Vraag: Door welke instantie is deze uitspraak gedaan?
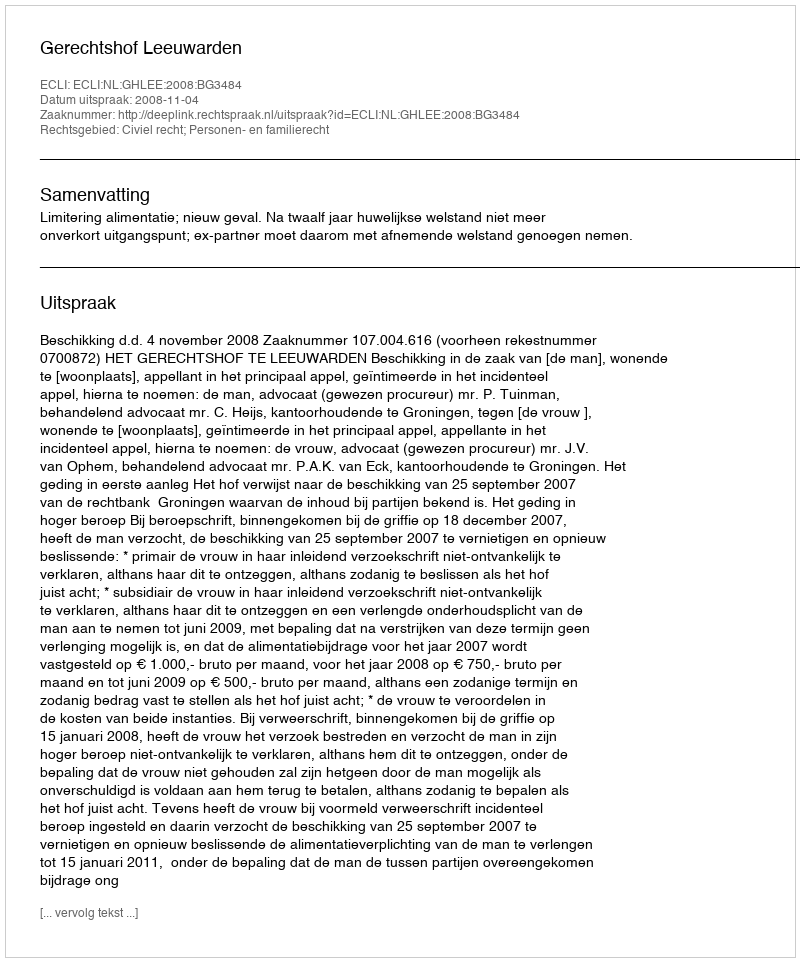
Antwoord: Gerechtshof Leeuwarden